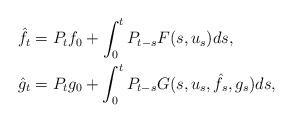
LaTeX: \begin{align*}\hat{f}_t&=P_tf_0+\int_0^tP_{t-s}F(s,u_s)ds,\\\hat{g}_t&=P_tg_0+\int_0^tP_{t-s}G(s,u_s,\hat{f}_s,g_s)ds,\end{align*}